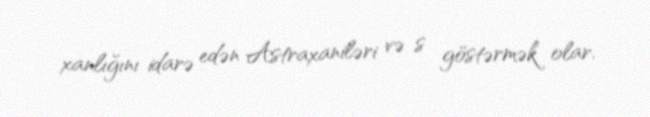
xanlığını idarə edən Astraxaniləri və s göstərmək olar.